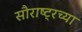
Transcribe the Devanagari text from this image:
सौराष्ट्रच्या